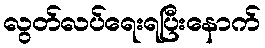
လွတ်လပ်ရေးရပြီးနောက်